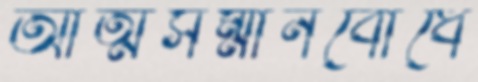
আত্মসম্মানবোধে